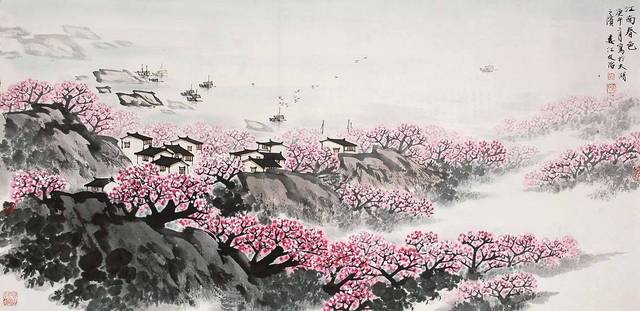
城中桃李愁风雨，春在溪头荠菜花。